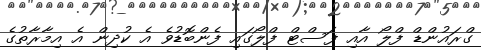
ގްރައުންޑް ފްލޯ އާއި ފަސްޓް ފްލޯގައި ފެންބޮޑުވެ އެ ކުދިން އެ އިމާރާތުގެ